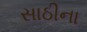
સાઠીના